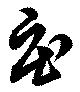
庄